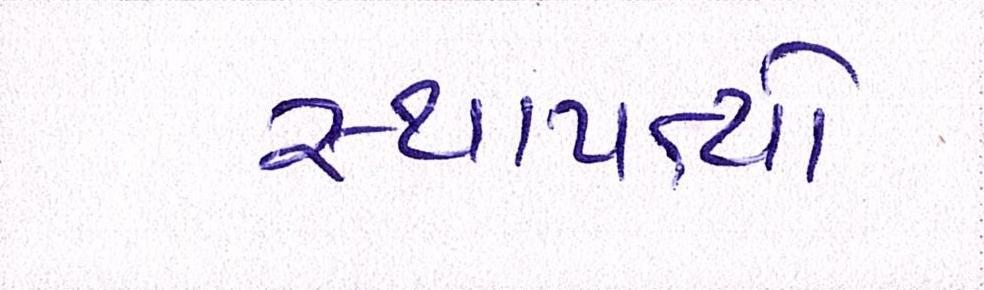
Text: સ્થાપત્યો